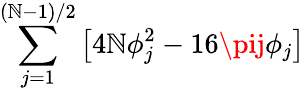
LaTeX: \sum_{j=1}^{\left(\mathbb{N}-1\right)/2}\left[4\mathbb{N}\phi_{j}^{2}-16\pij\phi_{j}\right]